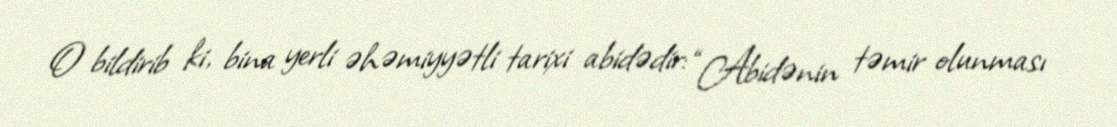
O bildirib ki, bina yerli əhəmiyyətli tarixi abidədir: “Abidənin təmir olunması